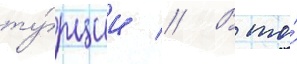
ту́рции // В то́